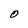
Character: O